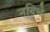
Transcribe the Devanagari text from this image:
नदिचे